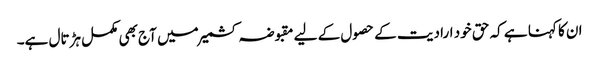
ان کا کہنا ہے کہ حق خود ارادیت کے حصول کے لیے مقبوضہ کشمیر میں آج بھی مکمل ہڑتال ہے۔